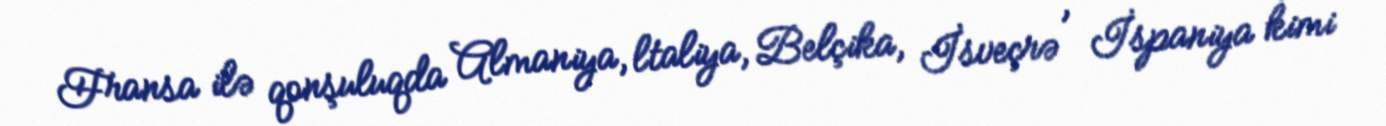
Fransa ilə qonşuluqda Almaniya, ltaliya, Belçika, İsveçrə , İspaniya kimi